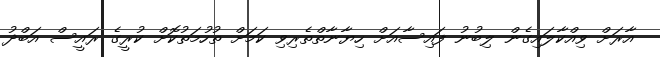
އާރަށް ވިއްކާލައިގެން ލިބުނު ފައިސާއަށް ހިޔާނާތްތެރިވި ކަމަށް ތުހުމަތުކޮށް ކުރީގެ ރައީސް އަބްދު